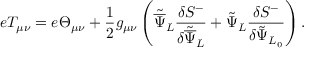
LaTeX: e T _ { \mu \nu } = e \Theta _ { \mu \nu } + \frac { 1 } { 2 } g _ { \mu \nu } \left( { \tilde { \overline { { \Psi } } } } _ { L } \frac { \delta { S } ^ { - } } { \delta { \tilde { \overline { { \Psi } } } } _ { L } } + { \tilde { \Psi } } _ { L } \frac { \delta { S } ^ { - } } { \delta { \tilde { \Psi } } _ { L _ { 0 } } } \right) .